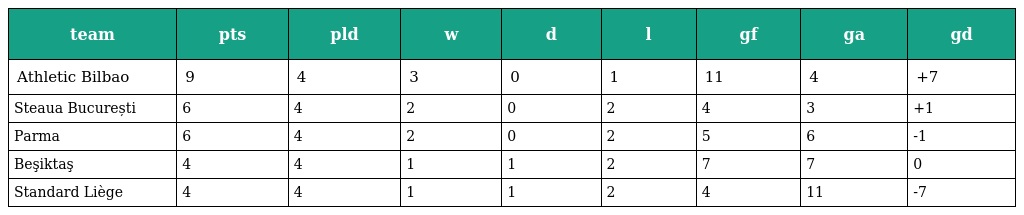
| team | pts | pld | w | d | l | gf | ga | gd |
 | --- | --- | --- | --- | --- | --- | --- | --- | --- |
 | Athletic Bilbao | 9 | 4 | 3 | 0 | 1 | 11 | 4 | +7 |
 | Steaua București | 6 | 4 | 2 | 0 | 2 | 4 | 3 | +1 |
 | Parma | 6 | 4 | 2 | 0 | 2 | 5 | 6 | -1 |
 | Beşiktaş | 4 | 4 | 1 | 1 | 2 | 7 | 7 | 0 |
 | Standard Liège | 4 | 4 | 1 | 1 | 2 | 4 | 11 | -7 |